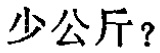
少公斤？